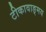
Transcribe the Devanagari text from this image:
टीकावाङ्मय